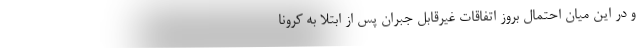
و در این میان احتمال بروز اتفاقات غیرقابل جبران پس از ابتلا به کرونا